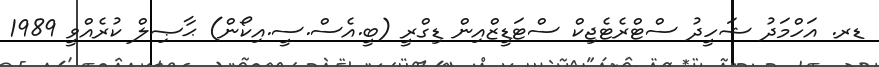
ޑރ. އަހްމަދު ޝަހީދު ސްޓްރެޓެޖިކް ސްޓަޑީޒްއިން ޑިގްރީ (ބީ.އެސް.ސީ.އިކޯން) ޙާޞިލް ކުރެއްވީ 1989